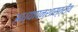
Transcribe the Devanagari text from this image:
अध्यापनशास्त्रीय